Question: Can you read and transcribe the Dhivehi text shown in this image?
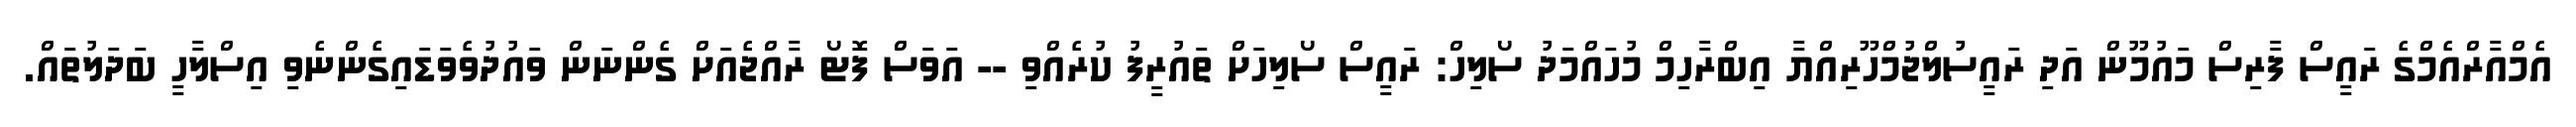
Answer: އެމްއާރްއެމްގެ ރައީސް ފާރިސް މައުމޫން އަދި ރައީސުލްޖުމްހޫރިއްޔާ އިބްރާހިމް މުހައްމަދު ސޯލިހް: ރައީސް ސޯލިހަށް ތައުރީފު ކުރެއްވި -- އަވަސް ފޮޓޯ ރާއްޖެއަށް ގެންނަން ވައުދުވެވަޑައިގެންނެވި އިސްލާހީ ބަދަލުތައް.